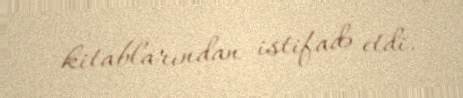
kitablarından istifadə etdi.